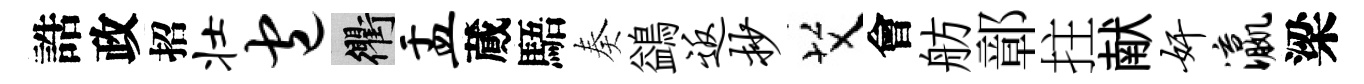
誥政招壮包衢盂蕆䮏奏鷁返抄艾會舫鄣拄献奸瀛梁